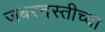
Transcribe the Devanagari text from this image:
जबरदस्तीच्या